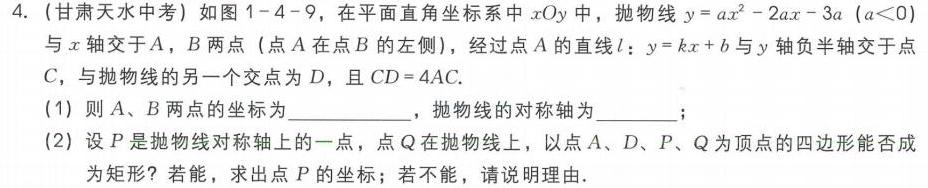
4. (甘肃天水中考) 如图 1 - 4 - 9，在平面直角坐标系中 \(xOy\) 中，抛物线 \(y = ax^{2}-2ax - 3a\ (a<0)\) 与 \(x\) 轴交于 \(A\)，\(B\) 两点 (点 \(A\) 在点 \(B\) 的左侧)，经过点 \(A\) 的直线 \(l\)：\(y = kx + b\) 与 \(y\) 轴负半轴交于点 \(C\)，与抛物线的另一个交点为 \(D\)，且 \(CD = 4AC\).
(1) 则 \(A\)、\(B\) 两点的坐标为  ，抛物线的对称轴为  ；
(2) 设 \(P\) 是抛物线对称轴上的一点，点 \(Q\) 在抛物线上，以点 \(A\)、\(D\)、\(P\)、\(Q\) 为顶点的四边形能否成为矩形？若能，求出点 \(P\) 的坐标；若不能，请说明理由.